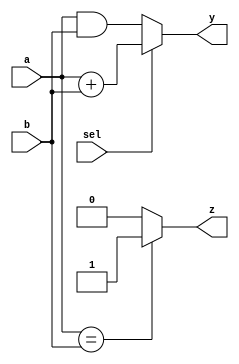
module combinational_logic (
    input wire [3:0] a,  // 4-bit input a
    input wire [3:0] b,  // 4-bit input b
    input wire sel,      // 1-bit selector input
    output reg [3:0] y,  // 4-bit output y
    output reg z         // 1-bit output z
);

always @(*) begin
    // Combinational logic based on the inputs
    if (sel) begin
        y = a + b;        // If sel is high, output the sum of a and b
    end else begin
        y = a & b;        // If sel is low, output the bitwise AND of a and b
    end

    // Additional logic for z based on the inputs
    z = (a == b) ? 1'b1 : 1'b0; // z is high if both inputs are equal
end

endmodule